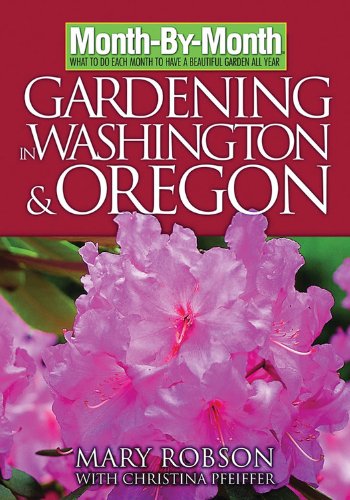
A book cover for Month-By- Month Gardening in Washington & Oregon; Mary Robson; Crafts, Hobbies & Home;